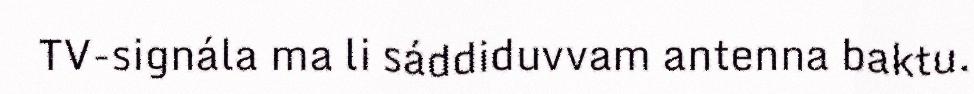
TV-signála ma li sáddiduvvam antenna baktu.